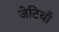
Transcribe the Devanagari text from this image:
जेटियाँ